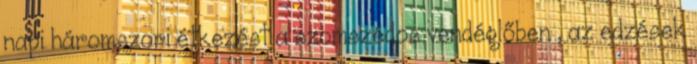
napi háromszori étkezést a szomszédos vendéglőben , az edzések